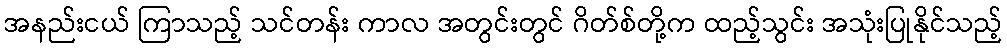
အနည်းငယ် ကြာသည့် သင်တန်း ကာလ အတွင်းတွင် ဂိတ်စ်တို့က ထည့်သွင်း အသုံးပြုနိုင်သည့်